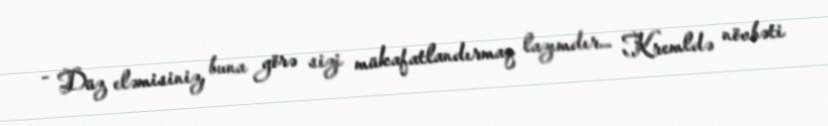
- Düz eləmisiniz, buna görə sizi mükafatlandırmaq lazımdır... Kremldə növbəti